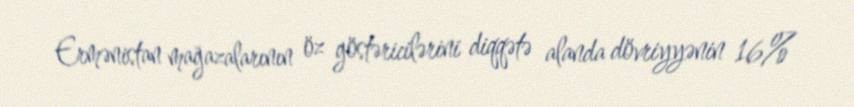
Ermənistan mağazalarının öz göstəricilərini diqqətə alanda dövriyyənin 16%